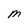
Character: M